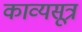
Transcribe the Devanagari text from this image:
काव्यसूत्र